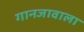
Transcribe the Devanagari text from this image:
गानजावाला